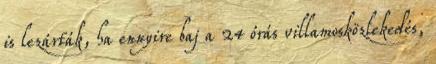
is lezárták, ha ennyire baj a 24 órás villamosközlekedés,